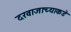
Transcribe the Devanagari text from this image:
दरवाजाच्याकडे